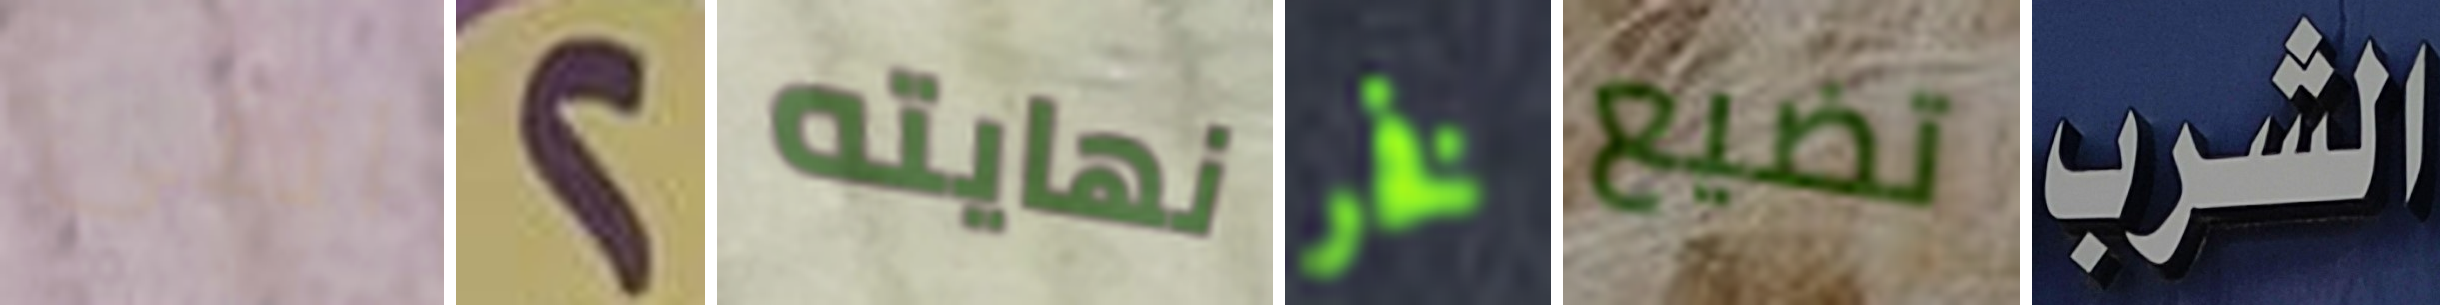
اثنى 2 نهايته فخر تضيع الشرب